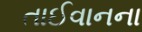
તાઈવાનના